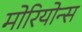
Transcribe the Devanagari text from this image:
मोरियोन्स